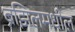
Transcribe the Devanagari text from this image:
ब्रझिलमधील